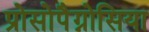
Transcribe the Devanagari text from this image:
प्रोसोपैग्नोसिया